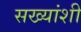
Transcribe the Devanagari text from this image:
सख्यांशी